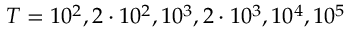
T = 1 0 ^ { 2 } , 2 \cdot 1 0 ^ { 2 } , 1 0 ^ { 3 } , 2 \cdot 1 0 ^ { 3 } , 1 0 ^ { 4 } , 1 0 ^ { 5 }